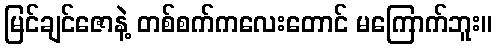
မြင်ချင်ဇောနဲ့ တစ်စက်ကလေးတောင် မကြောက်ဘူး။